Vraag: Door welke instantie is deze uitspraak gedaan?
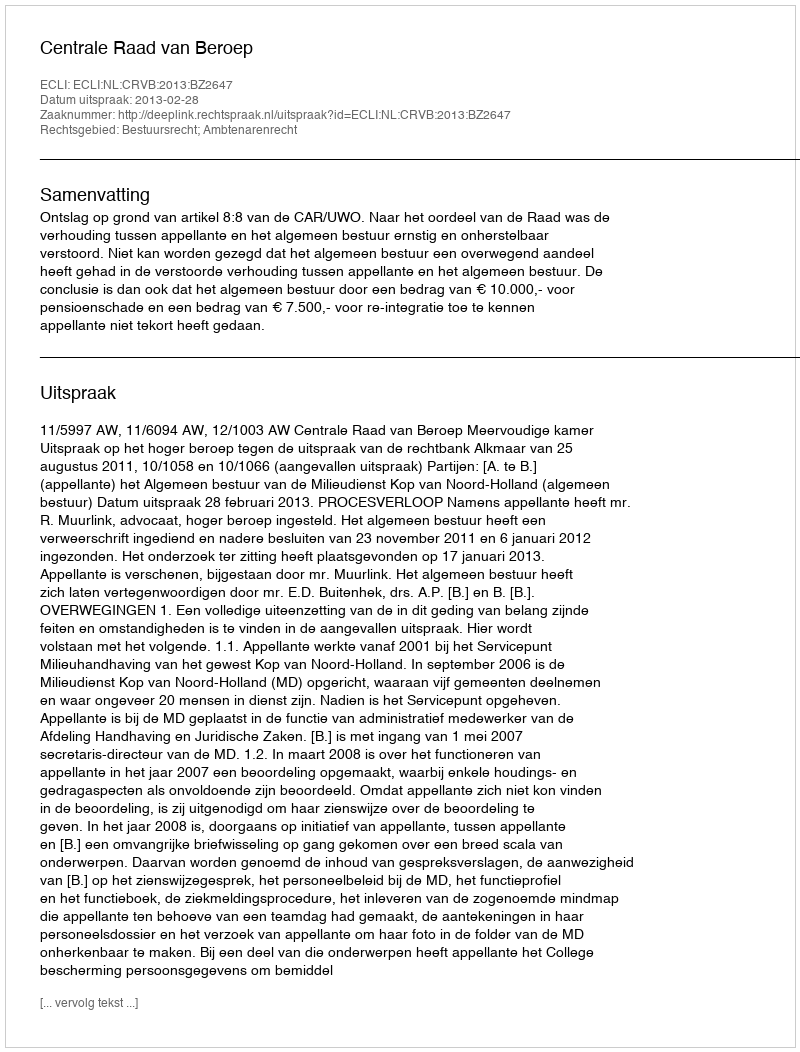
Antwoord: Centrale Raad van Beroep